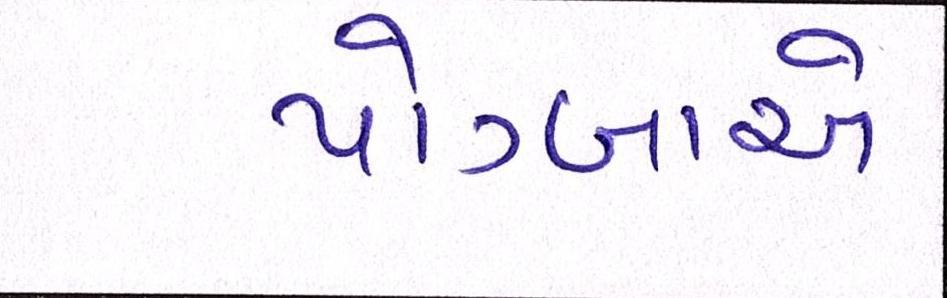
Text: પોગ્બાએ